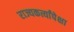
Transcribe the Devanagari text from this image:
राज्यकर्त्यांपेक्षा